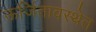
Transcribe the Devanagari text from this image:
ऊर्जितावस्थेत